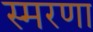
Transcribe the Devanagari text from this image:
स्मरणा